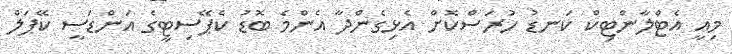
މިއީ އެޓްލާންޓިކް ކަނޑު ހުރަސްކޮށް އެޅިގެންދާ އެންމެ ބޮޑު ކެޕޭސިޓީގެ އަންޑަސީ ކޭޕަލް